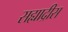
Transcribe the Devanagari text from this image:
सह्याद्रीस